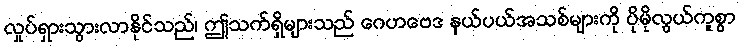
လှုပ်ရှားသွားလာနိုင်သည်၊ ဤသက်ရှိများသည် ဂေဟဗေဒ နယ်ပယ်အသစ်များကို ပိုမိုလွယ်ကူစွာ